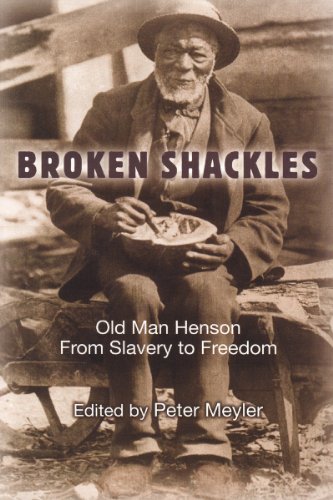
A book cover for Broken Shackles: Old Man Henson From Slavery to Freedom; Biographies & Memoirs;